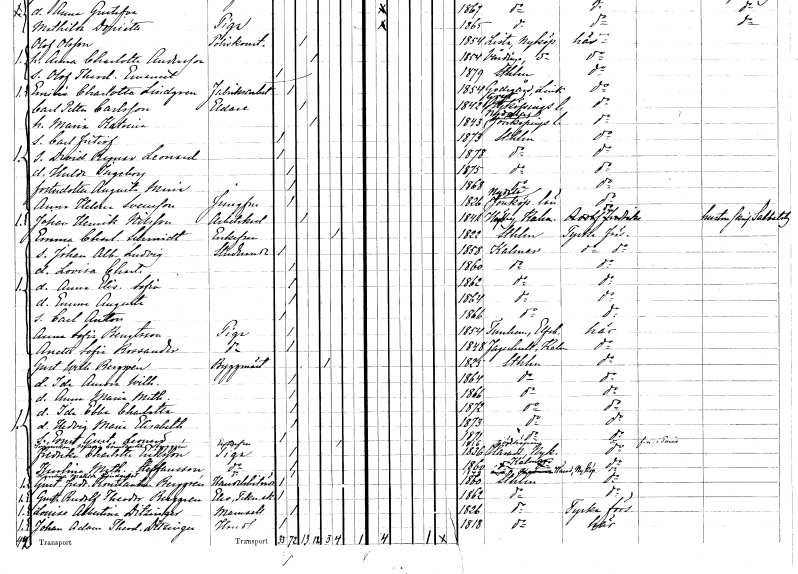
gt_parse: households: individuals: FN: Carl Petter
EN: Carlsson
YRKE: Eldare
KON: M
CIV: G
FODAR: 1842
FODFORS: Gryt Södermanlands län
FN: Maria Katarina
KON: K
CIV: G
FODAR: 1843
FODFORS: Nydala Jönköpings län
FN: Carl Fritiof
KON: M
CIV: O
FODAR: 1873
FODFORS: Stockholm
FN: David Ragnar Leonard
KON: M
CIV: O
FODAR: 1878
FODFORS: Stockholm
FN: Hulda Ingeborg
KON: K
CIV: O
FODAR: 1875
FODFORS: Stockholm
FN: Augusta Maria
KON: K
CIV: O
FODAR: 1868
FODFORS: Stockholm
FN: Anna Helena
EN: Svensson
YRKE: Jungfru
KON: K
CIV: O
FODAR: 1826
FODFORS: Nydala Jönköpings län
FN: Johan Henrik
EN: Nilsson
YRKE: Arbetskarl
KON: M
CIV: G
FODAR: 1841
FODFORS: Högby Kalmar län
FN: Emma Charlotta
EN: Schmidt
KON: K
CIV: E
FODAR: 1822
FODFORS: Stockholm
FN: Johan Albert Ludvig
YRKE: Studerande
KON: M
CIV: O
FODAR: 1858
FODFORS: Kalmar Kalmar län
FN: Lovisa Charlotta
KON: K
CIV: O
FODAR: 1860
FODFORS: Kalmar Kalmar län
FN: Anna Elisabeth Sofia
KON: K
CIV: O
FODAR: 1862
FODFORS: Kalmar Kalmar län
FN: Emma Augusta
KON: K
CIV: O
FODAR: 1864
FODFORS: Kalmar Kalmar län
FN: Carl Anton
KON: M
CIV: O
FODAR: 1866
FODFORS: Kalmar Kalmar län
FN: Anna Sofia
EN: Bengtsson
YRKE: Piga
KON: K
CIV: O
FODAR: 1854
FODFORS: Västra Tunhem Älvsborgs län
FN: Anette Sofia
EN: Rossander
YRKE: Piga
KON: K
CIV: O
FODAR: 1848
FODFORS: Fagerhult Kalmar län
FN: Gustaf Wilhelm
EN: Berggrén
YRKE: Byggmästare
KON: M
CIV: E
FODAR: 1825
FODFORS: Stockholm
FN: Ida Aurora Wilhelmina
KON: K
CIV: O
FODAR: 1864
FODFORS: Stockholm
FN: Anna Maria Mathilda
KON: K
CIV: O
FODAR: 1866
FODFORS: Stockholm
FN: Ida Ebba Charlotta
KON: K
CIV: O
FODAR: 1872
FODFORS: Stockholm
FN: Hedvig Maria Elisabeth
KON: K
CIV: O
FODAR: 1873
FODFORS: Stockholm
FN: Ernst Gustaf Leonard
KON: M
CIV: O
FODAR: 1871
FODFORS: Stockholm
FN: Maria Constantia
EN: Berggrén
KON: K
CIV: E
FODAR: 1816
FODFORS: Jönköping Jönköpings län
FN: Fredrika Charlotta
EN: Eriksson
YRKE: Piga
KON: K
CIV: O
FODAR: 1836
FODFORS: Härad Södermanlands län
FN: Karolina Mathilda
EN: Steffansson
YRKE: Piga
KON: K
CIV: O
FODAR: 1860
FODFORS: Kalmar Kalmar län
FN: Karolina Matilda
EN: Lindqvist
YRKE: Piga
KON: K
CIV: O
FODAR: 1849
FODFORS: Härad Södermanlands län
FN: Gustaf Fredrik Konstantin
EN: Berggrén
YRKE: Handelsbiträde
KON: M
CIV: O
FODAR: 1860
FODFORS: Stockholm
FN: Gustaf Rudolf Theodor
EN: Berggren
YRKE: Elev vid Teknisk skola
KON: M
CIV: O
FODAR: 1862
FODFORS: Stockholm
FN: Louise Albertina
EN: Ditzinger
KON: K
CIV: O
FODAR: 1826
FODFORS: Stockholm
FN: Johan Adam Theodor
EN: Ditzinger
YRKE: Handlande
KON: M
CIV: O
FODAR: 1818
FODFORS: Stockholm